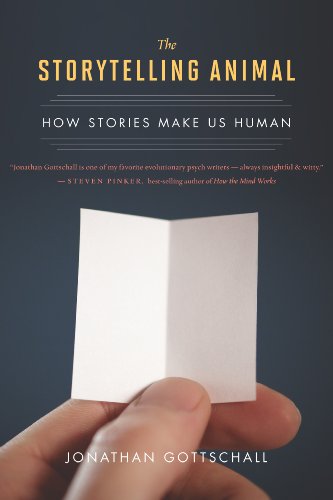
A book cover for The Storytelling Animal: How Stories Make Us Human; Jonathan Gottschall; Humor & Entertainment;